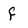
Character: f